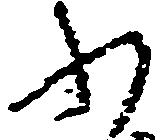
ふ